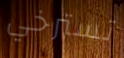
تسترخي